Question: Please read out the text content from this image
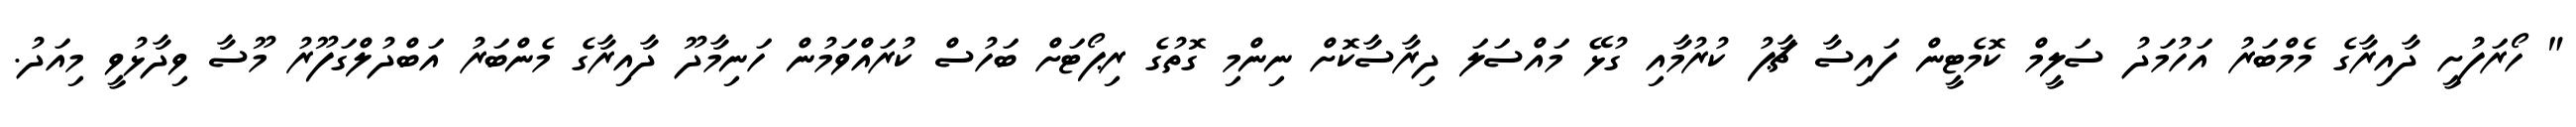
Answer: " ހޯރަފުށީ ދާއިރާގެ މެމްބަރު އަހުމަދު ސަލީމް ކޮމެޓީން ފައިސާ ޗާޕު ކުރުމާއި ގުޅޭ މައްސަލަ ދިރާސާކޮށް ނިންމި ގޮތުގެ ރިޕޯޓަށް ބަހުސް ކުރައްވަމުން ހަނިމާދޫ ދާއިރާގެ މެންބަރު އަބްދުލްގަފޫރު މޫސާ ވިދާޅުވީ މިއަދު.